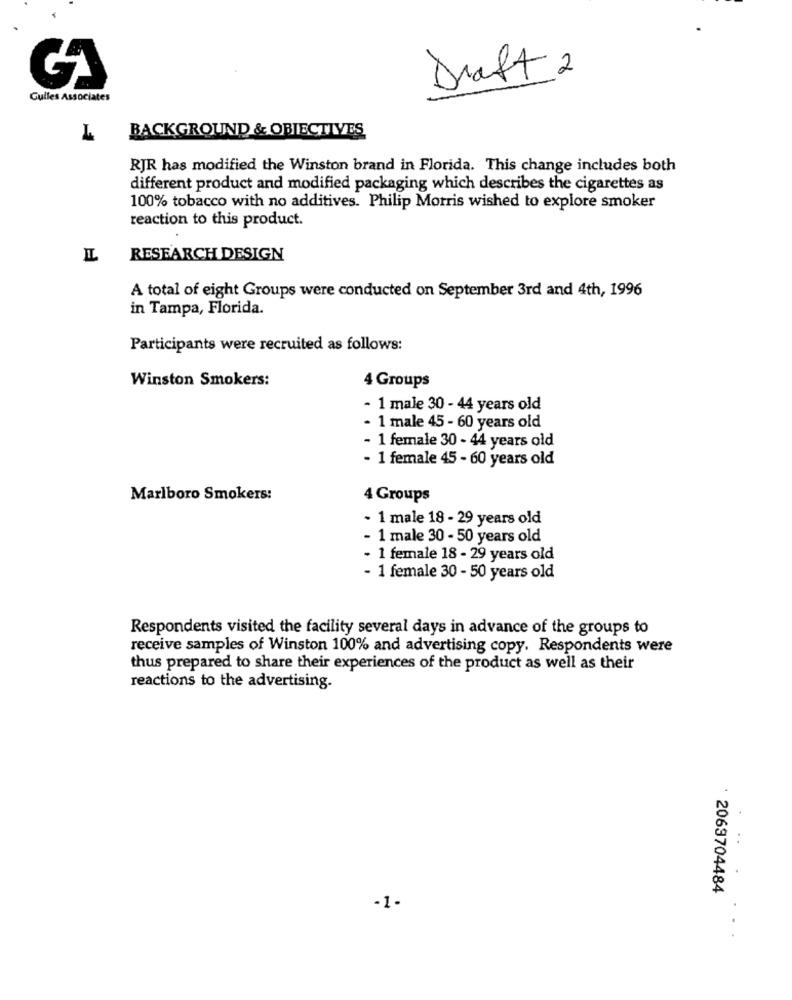
Draft 2
Guiles Associates
BACKGROUND & OBJECTIVES
L
RJR has modified the Winston brand in Florida. This change includes both
different product and modified packaging which describes the cigarettes as
100% tobacco with no additives. Philip Morris wished to explore smoker
reaction to this product.
RESEARCH DESIGN
A total of eight Groups were conducted on September 3rd and 4th, 1996
in Tampa, Florida.
Participants were recruited as follows:
Winston Smokers:
4 Groups
- 1 male 30 - 44 years old
- 1 male 45 - 60 years old
- 1 female 30 - 44 years old
- 1 female 45 - 60 years old
Marlboro Smokers:
4 Groups
- 1 male 18 - 29 years old
- 1 male 30 - 50 years old
- 1 female 18 - 29 years old
- 1 female 30 - 50 years old
Respondents visited the facility several days in advance of the groups to
receive samples of Winston 100% and advertising copy. Respondents were
thus prepared to share their experiences of the product as well as their
reactions to the advertising.
: 2069704484
-1-